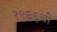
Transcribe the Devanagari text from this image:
१९६६ची